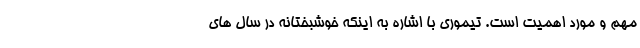
مهم و مورد اهمیت است. تیموری با اشاره به اینکه خوشبختانه در سال های